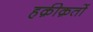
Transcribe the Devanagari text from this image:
हक़ीक़तों